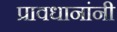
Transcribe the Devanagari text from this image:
प्रावधानांनी